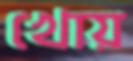
খোয়